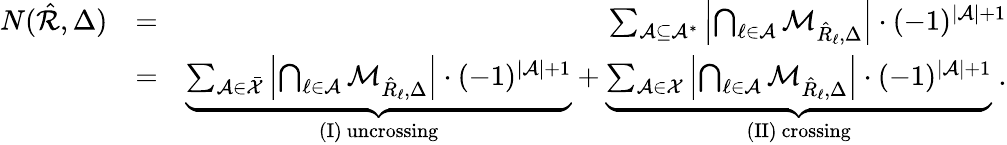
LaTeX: \begin{array}{rlr}{N(\hat{\cal R},\Delta)}&{=}&{\sum_{{\cal A}\subseteq{\cal A}^{*}}\left|\bigcap_{\ell\in{\cal A}}{\cal M}_{\hat{R}_{\ell},\Delta}\right|\cdot(-1)^{|{\cal A}|+1}}\\ &{=}&{\underbrace{\sum_{{\cal A}\in\bar{\cal X}}\left|\bigcap_{\ell\in{\cal A}}{\cal M}_{\hat{R}_{\ell},\Delta}\right|\cdot(-1)^{|{\cal A}|+1}}_{\mathrm{(I)~uncrossing}}+\underbrace{\sum_{{\cal A}\in{\cal X}}\left|\bigcap_{\ell\in{\cal A}}{\cal M}_{\hat{R}_{\ell},\Delta}\right|\cdot(-1)^{|{\cal A}|+1}}_{\mathrm{(II)~crossing}}\ .}\end{array}